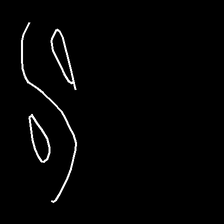
Glyph: water